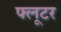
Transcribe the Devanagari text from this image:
फ्लूटर